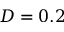
D = 0 . 2